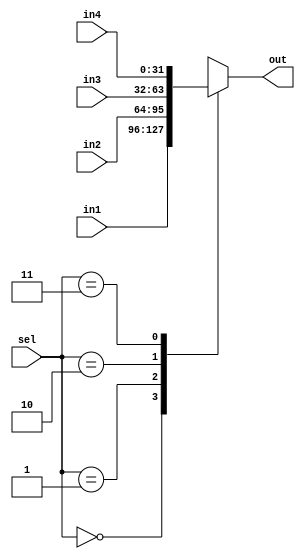
`timescale 1ns / 1ps
//////////////////////////////////////////////////////////////////////////////////
// Company: 
// Engineer: 
// 
// Design Name: 
// Module Name: mux_4_1
// Project Name: 
// Target Devices: 
// Tool Versions: 
// Description: 
// 
// Dependencies: 
// 
// Revision:
// Revision 0.01 - File Created
// Additional Comments:
// 
//////////////////////////////////////////////////////////////////////////////////


module mux_4_1(
    input [31:0] in1,
    input [31:0] in2,
    input [31:0] in3,
    input [31:0] in4,
    input [1:0] sel,
    output reg [31:0] out
);
    always@(in1, in2, in3, in4, sel)
    begin
        case(sel)
            2'b00: out = in1;
            2'b01: out = in2;
            2'b10: out = in3;
            2'b11: out = in4;
        endcase
    end
endmodule